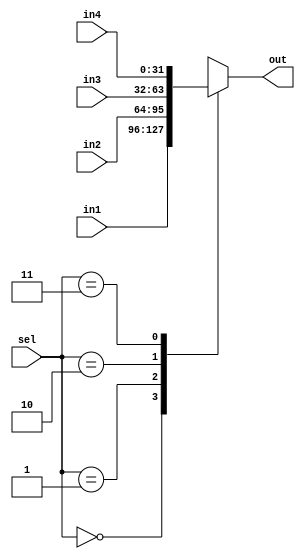
`timescale 1ns / 1ps
//////////////////////////////////////////////////////////////////////////////////
// Company: 
// Engineer: 
// 
// Design Name: 
// Module Name: mux_4_1
// Project Name: 
// Target Devices: 
// Tool Versions: 
// Description: 
// 
// Dependencies: 
// 
// Revision:
// Revision 0.01 - File Created
// Additional Comments:
// 
//////////////////////////////////////////////////////////////////////////////////


module mux_4_1(
    input [31:0] in1,
    input [31:0] in2,
    input [31:0] in3,
    input [31:0] in4,
    input [1:0] sel,
    output reg [31:0] out
);
    always@(in1, in2, in3, in4, sel)
    begin
        case(sel)
            2'b00: out = in1;
            2'b01: out = in2;
            2'b10: out = in3;
            2'b11: out = in4;
        endcase
    end
endmodule